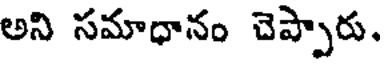
అని సమాధానం చెప్పారు.